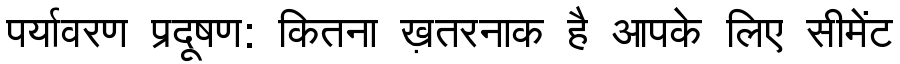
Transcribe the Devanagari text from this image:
पर्यावरण प्रदूषण: कितना ख़तरनाक है आपके लिए सीमेंट